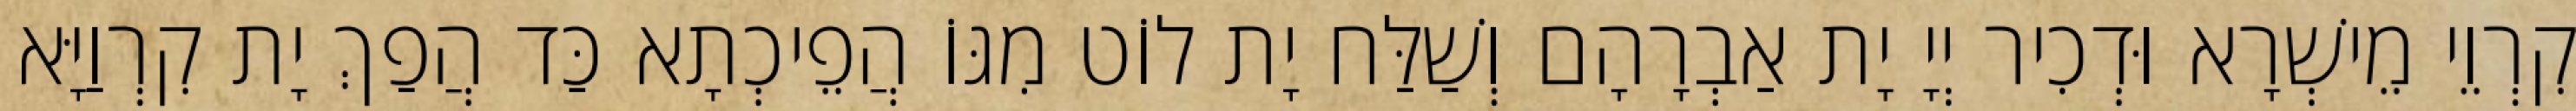
קִרְוֵי מֵישְׁרָא וּדְכִיר יְיָ יָת אַבְרָהָם וְשַׁלַּח יָת לוֹט מִגּוֹ הֲפֵיכְתָא כַּד הֲפַךְ יָת קִרְוַיָּא